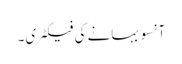
آنسو بہانے کی فیکٹری۔